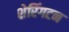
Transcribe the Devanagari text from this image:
शेरिंगटन